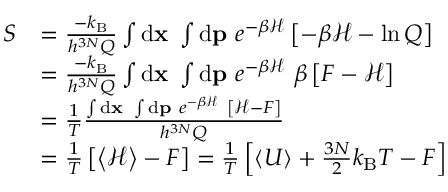
\begin{array} { r l } { S } & { = \frac { - \ensuremath { k _ { \mathrm { B } } } } { h ^ { 3 N } Q } \int \ensuremath { \mathrm { d } } \ensuremath { \mathbf { x } } \ \int \ensuremath { \mathrm { d } } \ensuremath { \mathbf { p } } \ e ^ { - \beta \mathcal { H } } \left[ - \beta \mathcal { H } - \ln Q \right] } \\ & { = \frac { - \ensuremath { k _ { \mathrm { B } } } } { h ^ { 3 N } Q } \int \ensuremath { \mathrm { d } } \ensuremath { \mathbf { x } } \ \int \ensuremath { \mathrm { d } } \ensuremath { \mathbf { p } } \ e ^ { - \beta \mathcal { H } } \ \beta \left[ F - \mathcal { H } \right] } \\ & { = \frac { 1 } { T } \frac { \int \ensuremath { \mathrm { d } } \ensuremath { \mathbf { x } } \ \int \ensuremath { \mathrm { d } } \ensuremath { \mathbf { p } } \ e ^ { - \beta \mathcal { H } } \ \left[ \mathcal { H } - F \right] } { h ^ { 3 N } Q } } \\ & { = \frac { 1 } { T } \left[ \left< \mathcal { H } \right> - F \right] = \frac { 1 } { T } \left[ \left< U \right> + \frac { 3 N } { 2 } k _ { \mathrm { B } } T - F \right] } \end{array}